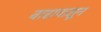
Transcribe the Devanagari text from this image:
वारापासून